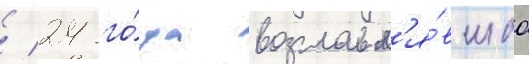
/ 24 го́да возглавл'я́вшаа